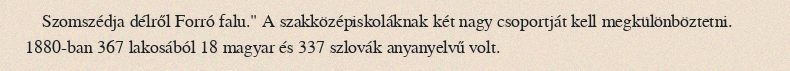
Szomszédja délről Forró falu." A szakközépiskoláknak két nagy csoportját kell megkülönböztetni. 1880-ban 367 lakosából 18 magyar és 337 szlovák anyanyelvű volt.